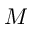
M